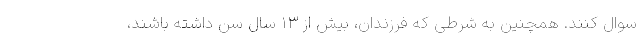
سوال کنند. همچنین به شرطی که فرزندان، بیش از 13 سال سن داشته باشند،